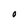
Character: O